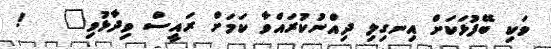
ވަކި ބޭފުޅަކަށް އިނގިލި ދިއްނުކުރައްވާ ކަމަށް ރައީސް ވިދާޅުވި"   !